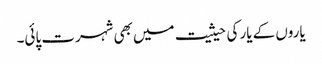
یاروں کے یار کی حیثیت میں بھی شہرت پائی۔